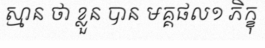
ស្មាន ថា ខ្លួន បាន មគ្គផល១ ភិក្ខុ